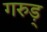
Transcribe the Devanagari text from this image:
गरुड़्